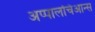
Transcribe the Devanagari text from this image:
अप्पालचिआन्स